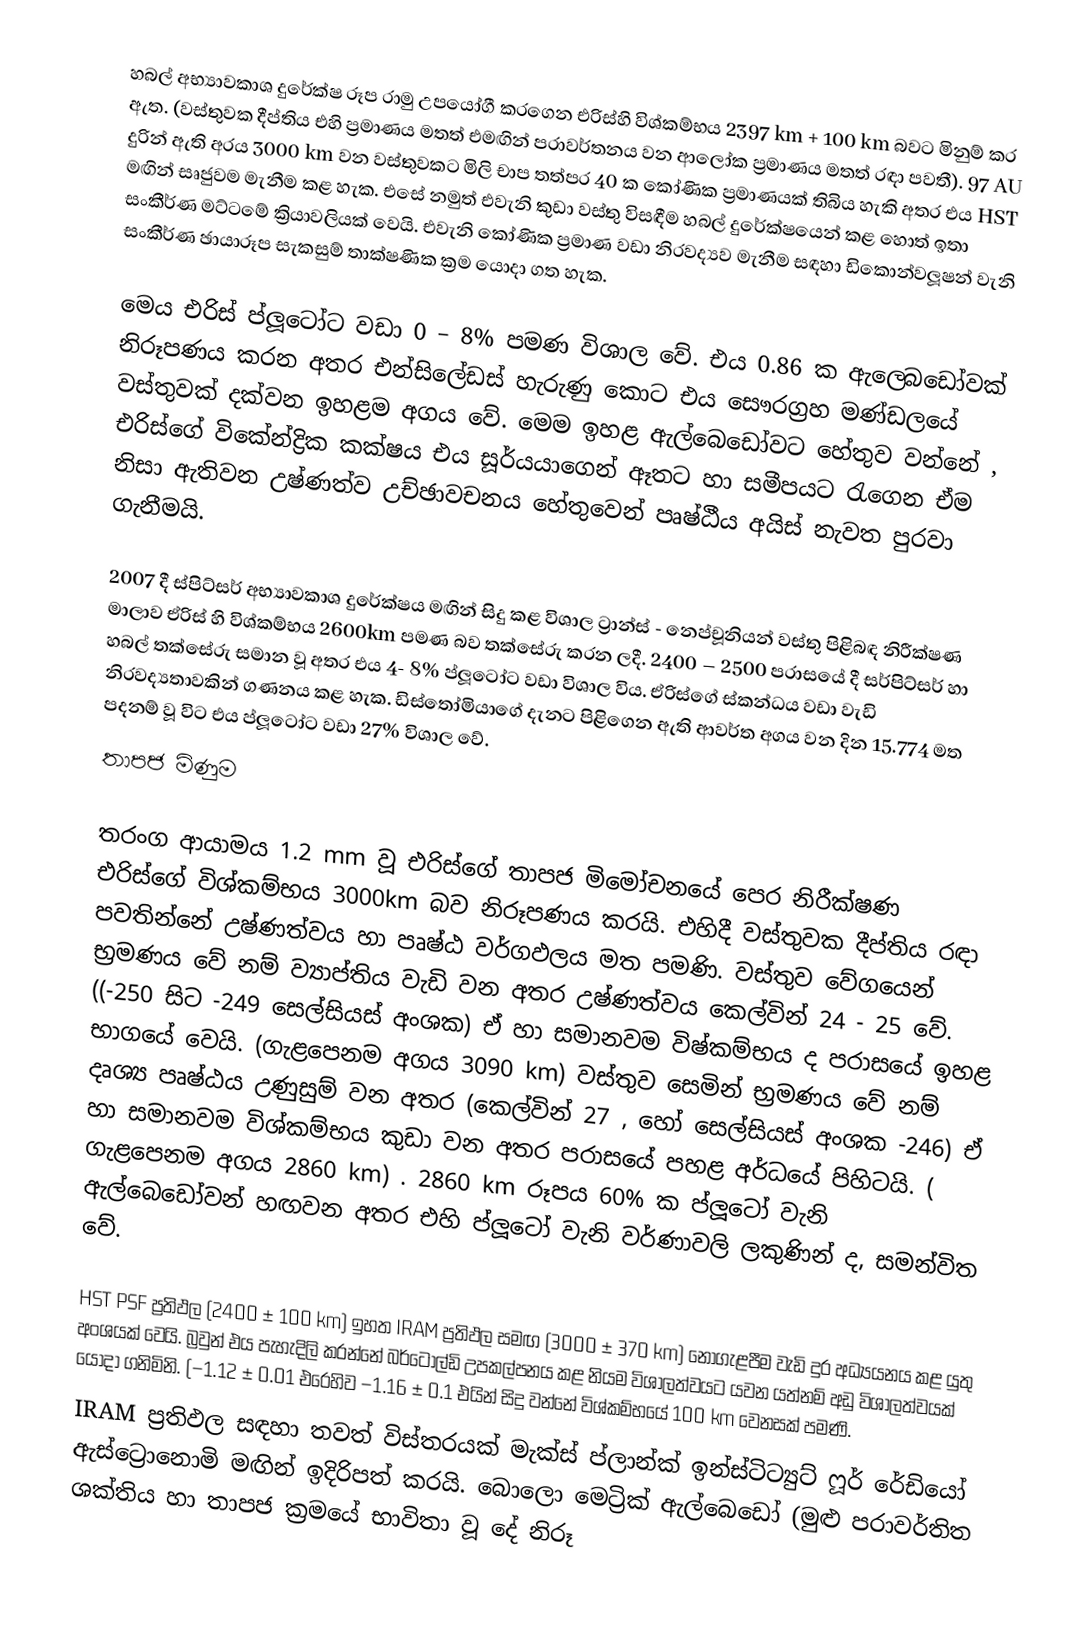
හබල් අභ්‍යාවකාශ දුරේක්ෂ රූප රාමු උපයෝගී කරගෙන එරිස්හි විශ්කම්භය 2397 km + 100 km බවට මිනුම් කර ඇත. (වස්තුවක දීප්තිය එහි ප්‍රමාණය මතත් එමඟින් පරාවර්තනය වන ආලෝක ප්‍රමාණය මතත් රඳා පවතී). 97 AU දුරින් ඇති අරය 3000 km වන වස්තුවකට මිලි චාප තත්පර 40 ක කෝණික ප්‍රමාණයක් තිබිය හැකි අතර එය HST මඟින් සෘජුවම මැනීම කළ හැක. එසේ නමුත් එවැනි කුඩා වස්තු විසඳීම හබල් දුරේක්ෂයෙන් කළ හොත් ඉතා සංකීර්ණ මට්ටමේ ක්‍රියාවලියක් වෙයි. එවැනි කෝණික ප්‍රමාණ වඩා නිරවද්‍යව මැනීම සඳහා ඩිකොන්වලූෂන් වැනි සංකීර්ණ ඡායාරූප සැකසුම් තාක්ෂණික ක්‍රම යොදා ගත හැක.

මෙය එරිස් ප්ලූටෝට වඩා 0 – 8% පමණ විශාල වේ. එය 0.86 ක ඇල‍්බෙඩෝවක් නිරූපණය කරන අතර එන්සිලේඩස් හැරුණු කොට එය සෞරග්‍රහ මණ්ඩලයේ වස්තුවක් දක්වන ඉහළම අගය වේ. මෙම ඉහළ ඇල්බෙඩෝවට හේතුව වන්නේ , එරිස්ගේ විකේන්ද්‍රික කක්ෂය එය සූර්යයාගෙන් ඈතට හා සමීපයට රැගෙන ඒම නිසා ඇතිවන උෂ්ණත්ව උච්ඡාවචනය හේතුවෙන් පෘෂ්ඨීය අයිස් නැවත පුරවා ගැනීමයි.

2007 දී ස්පිට්සර් අභ්‍යාවකාශ දුරේක්ෂය මඟින් සිදු කළ විශාල ට්‍රාන්ස් - නෙප්චූනියන් වස්තු පිළිබඳ නිරීක්ෂණ මාලාව ඒරිස් හි විශ්කම්භය 2600km  පමණ බව තක්සේරු කරන ලදී. 2400 – 2500 පරාසයේ දී සර්පිට්සර් හා හබල් තක්සේරු සමාන වූ අතර එය 4- 8% ප්ලූටෝට වඩා විශාල විය. ඒරිස්ගේ ස්කන්ධය වඩා වැඩි නිරවද්‍යතාවකින් ගණනය කළ හැක. ඩිස්තෝමියාගේ දැනට පිළිගෙන ඇති ආවර්ත අගය වන දින 15.774 මත පදනම් වූ විට එය ප්ලූටෝට වඩා 27% විශාල වේ.
තාපජ මිණුම

තරංග ආයාමය 1.2 mm වූ එරිස්ගේ තාපජ මිමෝචනයේ පෙර නිරීක්ෂණ එරිස්ගේ විශ්කම්භය 3000km බව නිරූපණය කරයි. එහිදී වස්තුවක දීප්තිය රඳා පවතින්නේ උෂ්ණත්වය හා පෘෂ්ඨ වර්ගඵලය මත පමණි. වස්තුව වේගයෙන් භ්‍රමණය වේ නම් ව්‍යාප්තිය වැඩි වන අතර උෂ්ණත්වය කෙල්වින් 24 - 25 වේ. ((-250 සිට -249 සෙල්සියස් අංශක) ඒ හා සමානවම විෂ්කම්භය ද පරාසයේ ඉහළ භාගයේ වෙයි. (ගැළපෙනම අගය 3090 km) වස්තුව සෙමින් භ්‍රමණය වේ නම් දෘශ්‍ය පෘෂ්ඨය උණුසුම් වන අතර (කෙල්වින් 27 , හෝ සෙල්සියස් අංශක -246) ඒ හා සමානවම විශ්කම්භය කුඩා වන අතර පරාසයේ පහළ අර්ධයේ පිහිටයි. ( ගැළපෙනම අගය 2860 km) . 2860 km රූපය 60% ක ප්ලූටෝ වැනි ඇල්බෙඩෝවන් හඟවන අතර එහි ප්ලූටෝ වැනි වර්ණාවලි ලකුණින් ද, සමන්විත වේ.

HST PSF ප්‍රතිඵල (2400 ± 100 km) ඉහත IRAM ප්‍රතිඵල සමඟ (3000 ± 370 km) නොගැළපීම වැඩි දුර අධ්‍යයනය කළ යුතු අංශයක් වෙයි. බ්‍රවුන් එය පැහැදිලි කරන්නේ බර්ටොල්ඩි උපකල්පනය කළ නියම විශාලත්වයට යවන යත්නම් අඩු විශාලත්වයක් යොදා ගනිමිනි. (−1.12 ± 0.01 එරෙහිව −1.16 ± 0.1 එයින් සිදු වන්නේ විශ්කම්භයේ 100 km වෙනසක් පමණි.
IRAM  ප්‍රතිඵල සඳහා තවත් විස්තරයක් මැක්ස් ප්ලාන්ක් ඉන්ස්ටිට්‍යුට් ෆූර් රේඩියෝ ඇස්ට්‍රොනොමි මඟින් ඉදිරිපත් කරයි. බො‍ලො මෙට්‍රික් ඇල්බෙඩෝ (මුළු පරාවර්තිත ශක්තිය හා තාපජ ක්‍රමයේ භාවිතා වූ දේ නිරූ